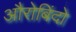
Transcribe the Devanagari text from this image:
औरोबिंदो